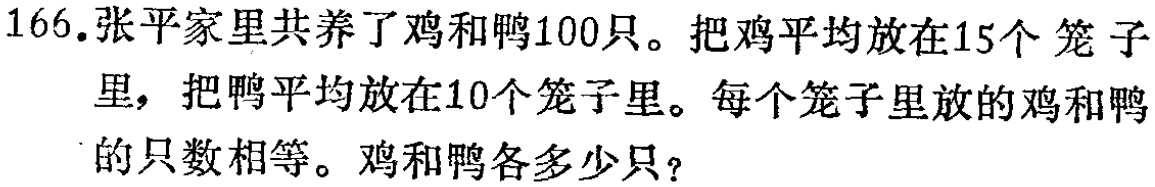
166.张平家里共养了鸡和鸭100只。把鸡平均放在15个笼子里，把鸭平均放在10个笼子里。每个笼子里放的鸡和鸭的只数相等。鸡和鸭各多少只？